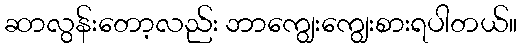
ဆာလွန်းတော့လည်း ဘာကျွေးကျွေးစားရပါတယ်။